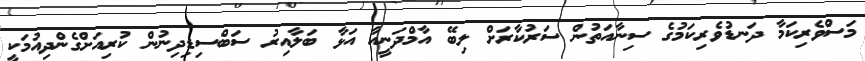
މަސްވެރިކަމާ ދަނޑުވެރިކަމުގެ ސިނާއަތުން ސަރުކާރަށް ލިބޭ އާމްދަނީއާ އަޅާ ބަަލާއިރު ސަބްސިޑިދިނުން ކުރިއަށްގެންދިއުމަކީ